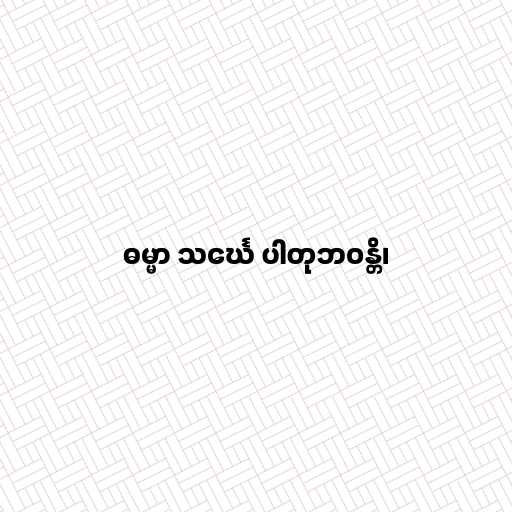
ဓမ္မာ သင်္ဃေ ပါတုဘဝန္တိ၊